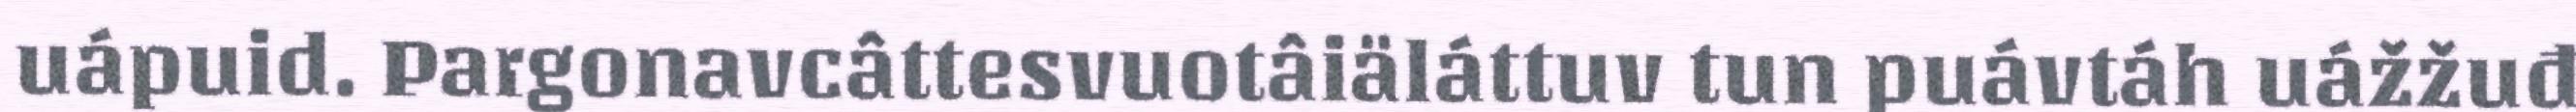
uápuid. Pargonavcâttesvuotâiäláttuv tun puávtáh uážžuđ